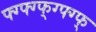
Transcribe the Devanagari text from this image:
फ्ग्फ्ग्फ्ग्फ्ग्फ्